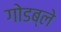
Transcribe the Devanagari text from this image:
गोडब्ले